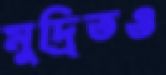
মুদ্রিতও